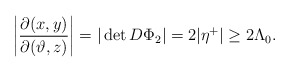
\begin{align*}\left|\frac{\partial(x,y)}{\partial(\vartheta,z)}\right| = |\det D\Phi_2|= 2|\eta^+| \ge 2\Lambda_0.\end{align*}